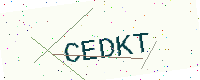
Text: CEDKT